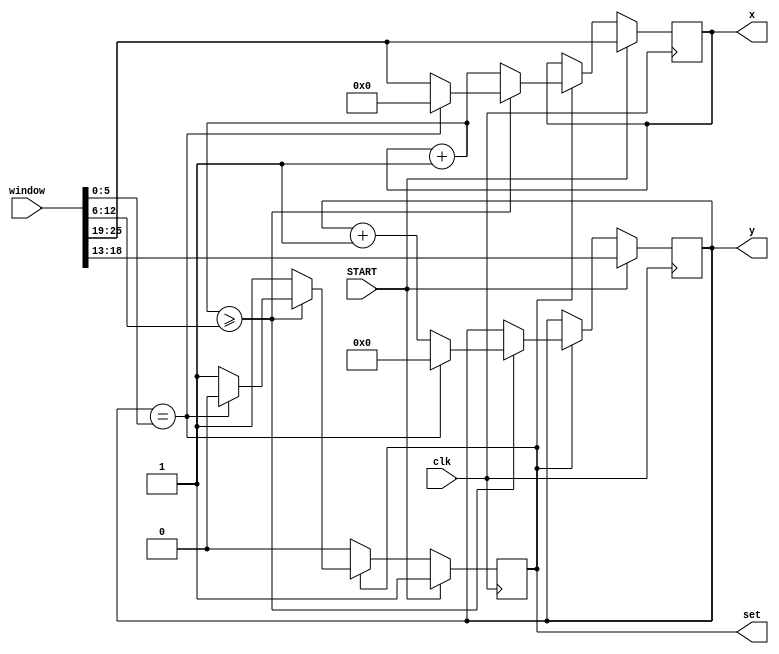
module HTPA_RAM_SCAN_2(
	input wire clk,
	input wire START,
	input wire [25:0] window,
	output reg [6:0] x,
	output reg [5:0] y,
	output reg set
	);
		
always @(posedge clk) 
begin
	//
	if (START==1) begin
		x = window[25:19];
		y <= window[18:13];
		set<=1;
	end
	//  
	else if (set == 1) begin
		x=x+1;
		//    
		if (x >= window[12:6]) begin
			if (y == window[5:0]) begin
				set<=0;
				y<=0;
				x=0;
			end
			else begin
				y<=y+1;
				x=window[25:19];
			end;
		end
	end
end
endmodule